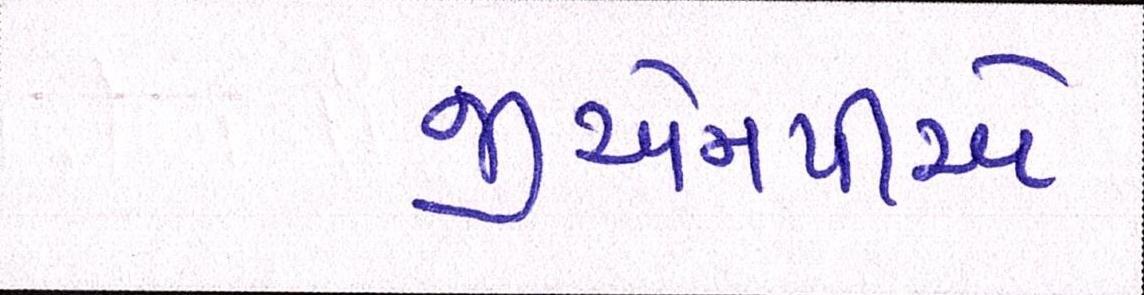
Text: જીએનપીએ